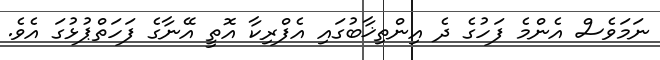
ނަމަވެސް އެންމެ ފަހުގެ ދެ އިންތިޚާބުގައި އެފްރިކާ އޮތީ އޭނާގެ ފަހަތްޕުޅުގަ އެވެ.